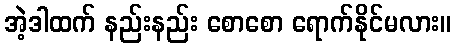
အဲ့ဒါထက် နည်းနည်း စောစော ရောက်နိုင်မလား။